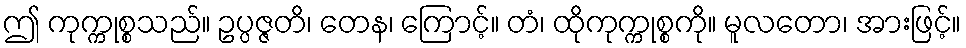
ဤ ကုက္ကုစ္စသည်။ ဥပ္ပဇ္ဇတိ၊ တေန၊ ကြောင့်။ တံ၊ ထိုကုက္ကုစ္စကို။ မူလတော၊ အားဖြင့်။